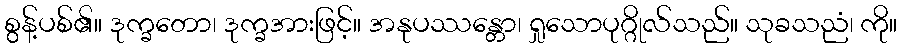
စွန့်ပစ်၏။ ဒုက္ခတော၊ ဒုက္ခအားဖြင့်။ အနုပဿန္တော၊ ရှုသောပုဂ္ဂိုလ်သည်။ သုခသညံ၊ ကို။